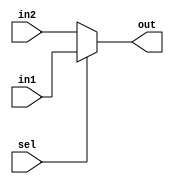
`timescale 1ns / 1ps
//////////////////////////////////////////////////////////////////////////////////
// Company: 
// Engineer: 
// 
// Design Name: 
// Module Name: mux_h
// Project Name: 
// Target Devices: 
// Tool Versions: 
// Description: 
// 
// Dependencies: 
// 
// Revision:
// Revision 0.01 - File Created
// Additional Comments:
// 
//////////////////////////////////////////////////////////////////////////////////


module mux_h(input sel,
             input [3:0] in1, in2,
             output reg [3:0] out);
always @ (in1, in2, sel)
             begin
                 if (sel)  out = in1;
                 else out = in2;
             end          
endmodule